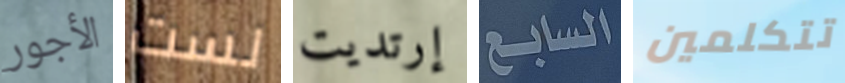
الأجور لست إرتديت السابع تتكلمين